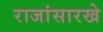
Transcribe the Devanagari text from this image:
राजांसारखे